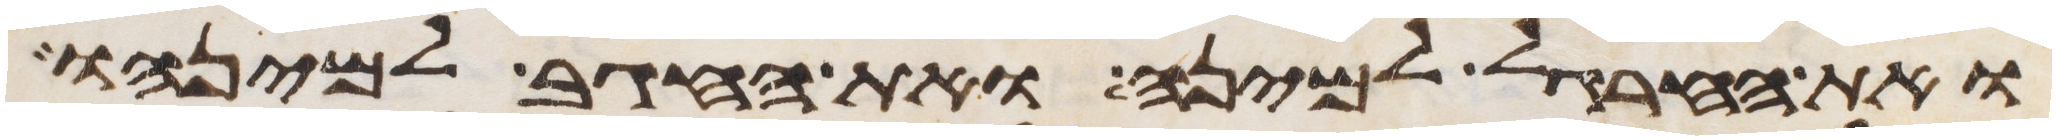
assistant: ואת החרגל למינה ואת החגב למינהו